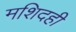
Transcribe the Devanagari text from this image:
मशिदही